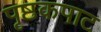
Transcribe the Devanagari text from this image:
पृष्ठकपाट